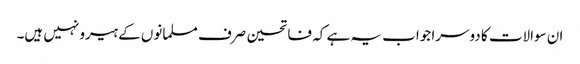
ان سوالات کا دوسرا جواب یہ ہے کہ فاتحین صرف مسلمانوں کے ہیرو نہیں ہیں۔